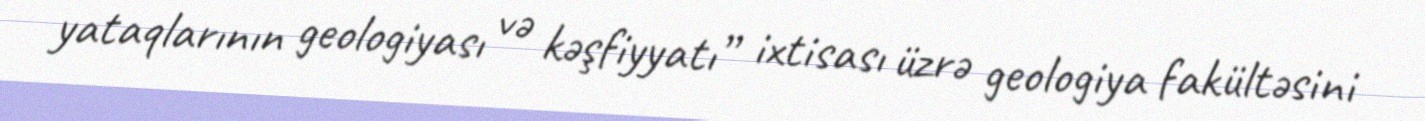
yataqlarının geologiyası və kəşfiyyatı” ixtisası üzrə geologiya fakültəsini